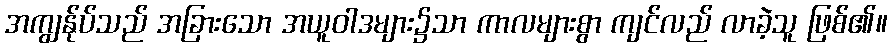
အကျွန်ုပ်သည် အခြားသော အယူဝါဒများ၌သာ ကာလများစွာ ကျင်လည် လာခဲ့သူ ဖြစ်၏။